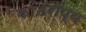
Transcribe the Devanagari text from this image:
कांडरोप्य